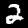
Digit: 2